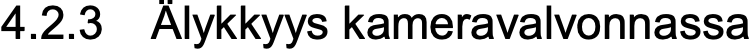
4.2.3 Älykkyys kameravalvonnassa